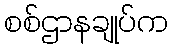
စစ်ဌာနချုပ်က